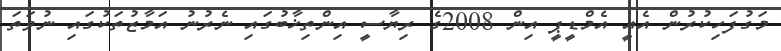
މަގުފަހިކުރުން އެއީ އެމްޑީޕީ އިން 2008ގެ ރިޔާސީ އިންތިޚާބުގައި ނެރުނު އަމާޒުތަކުގައި ނުވަތަ